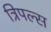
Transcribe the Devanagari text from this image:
त्रिपल्स